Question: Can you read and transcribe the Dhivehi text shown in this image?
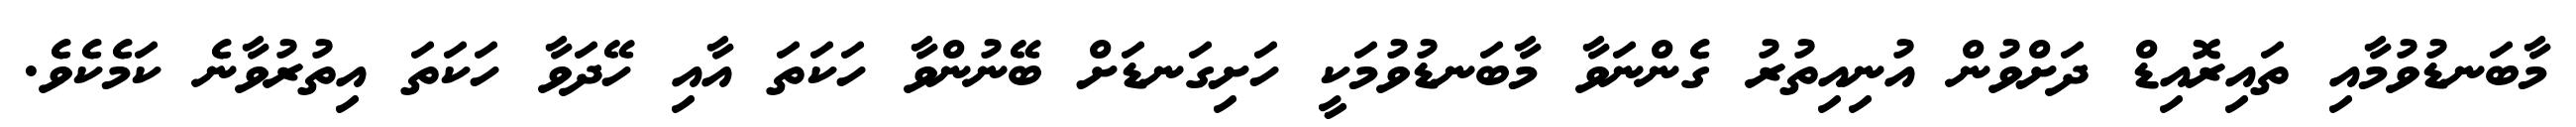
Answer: މާބަނޑުވުމާއި ތައިރޮއިޑް ދަށްވުން އުނިއިތުރު ގެންނަވާ މާބަނޑުވުމަކީ ހަށިގަނޑަށް ބޭނުންވާ ހަކަތަ އާއި ހޭދަވާ ހަކަތަ އިތުރުވާނެ ކަމެކެވެ.